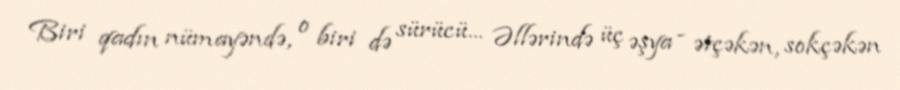
Biri qadın nümayəndə, o biri də sürücü... Əllərində üç əşya - ətçəkən, sokçəkən